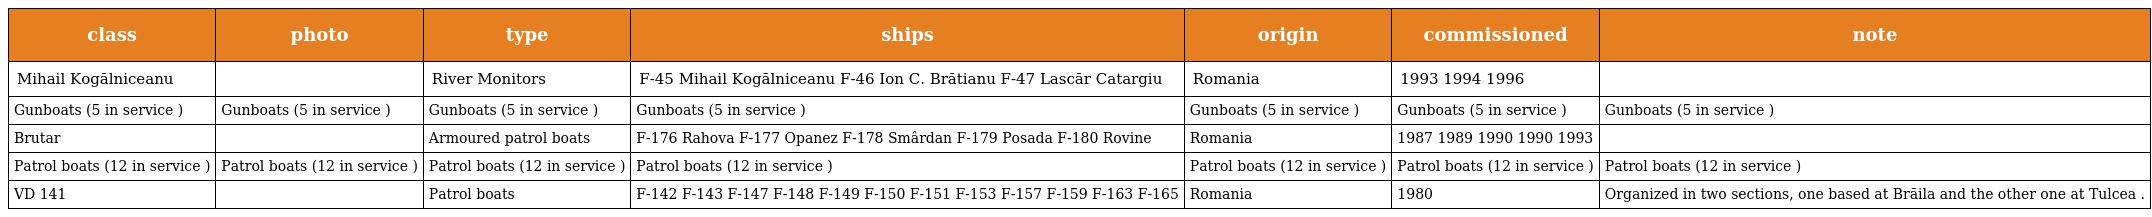
| class | photo | type | ships | origin | commissioned | note |
 | --- | --- | --- | --- | --- | --- | --- |
 | Mihail Kogălniceanu |  | River Monitors | F-45 Mihail Kogălniceanu F-46 Ion C. Brătianu F-47 Lascăr Catargiu | Romania | 1993 1994 1996 |  |
 | Gunboats (5 in service ) | Gunboats (5 in service ) | Gunboats (5 in service ) | Gunboats (5 in service ) | Gunboats (5 in service ) | Gunboats (5 in service ) | Gunboats (5 in service ) |
 | Brutar |  | Armoured patrol boats | F-176 Rahova F-177 Opanez F-178 Smârdan F-179 Posada F-180 Rovine | Romania | 1987 1989 1990 1990 1993 |  |
 | Patrol boats (12 in service ) | Patrol boats (12 in service ) | Patrol boats (12 in service ) | Patrol boats (12 in service ) | Patrol boats (12 in service ) | Patrol boats (12 in service ) | Patrol boats (12 in service ) |
 | VD 141 |  | Patrol boats | F-142 F-143 F-147 F-148 F-149 F-150 F-151 F-153 F-157 F-159 F-163 F-165 | Romania | 1980 | Organized in two sections, one based at Brăila and the other one at Tulcea . |